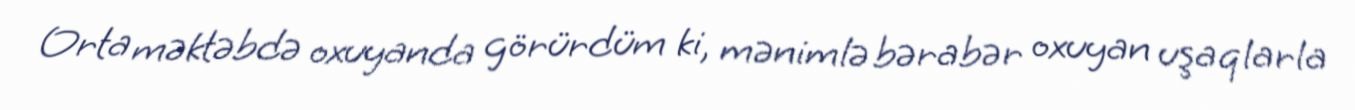
Orta məktəbdə oxuyanda görürdüm ki, mənimlə bərabər oxuyan uşaqlarla